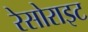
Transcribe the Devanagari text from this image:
रेसोराइट